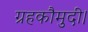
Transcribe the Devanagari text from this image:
ग्रहकौमुदी।